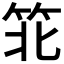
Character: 𬔶